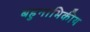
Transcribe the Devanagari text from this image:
बहुनाभिकीय